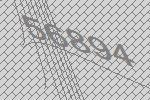
56894